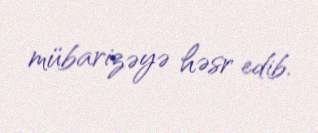
mübarizəyə həsr edib.